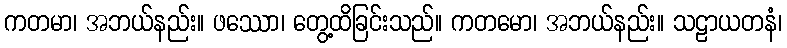
ကတမာ၊ အဘယ်နည်း။ ဖဿော၊ တွေ့ထိခြင်းသည်။ ကတမော၊ အဘယ်နည်း။ သဠာယတနံ၊